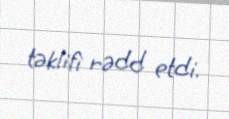
təklifi rədd etdi.